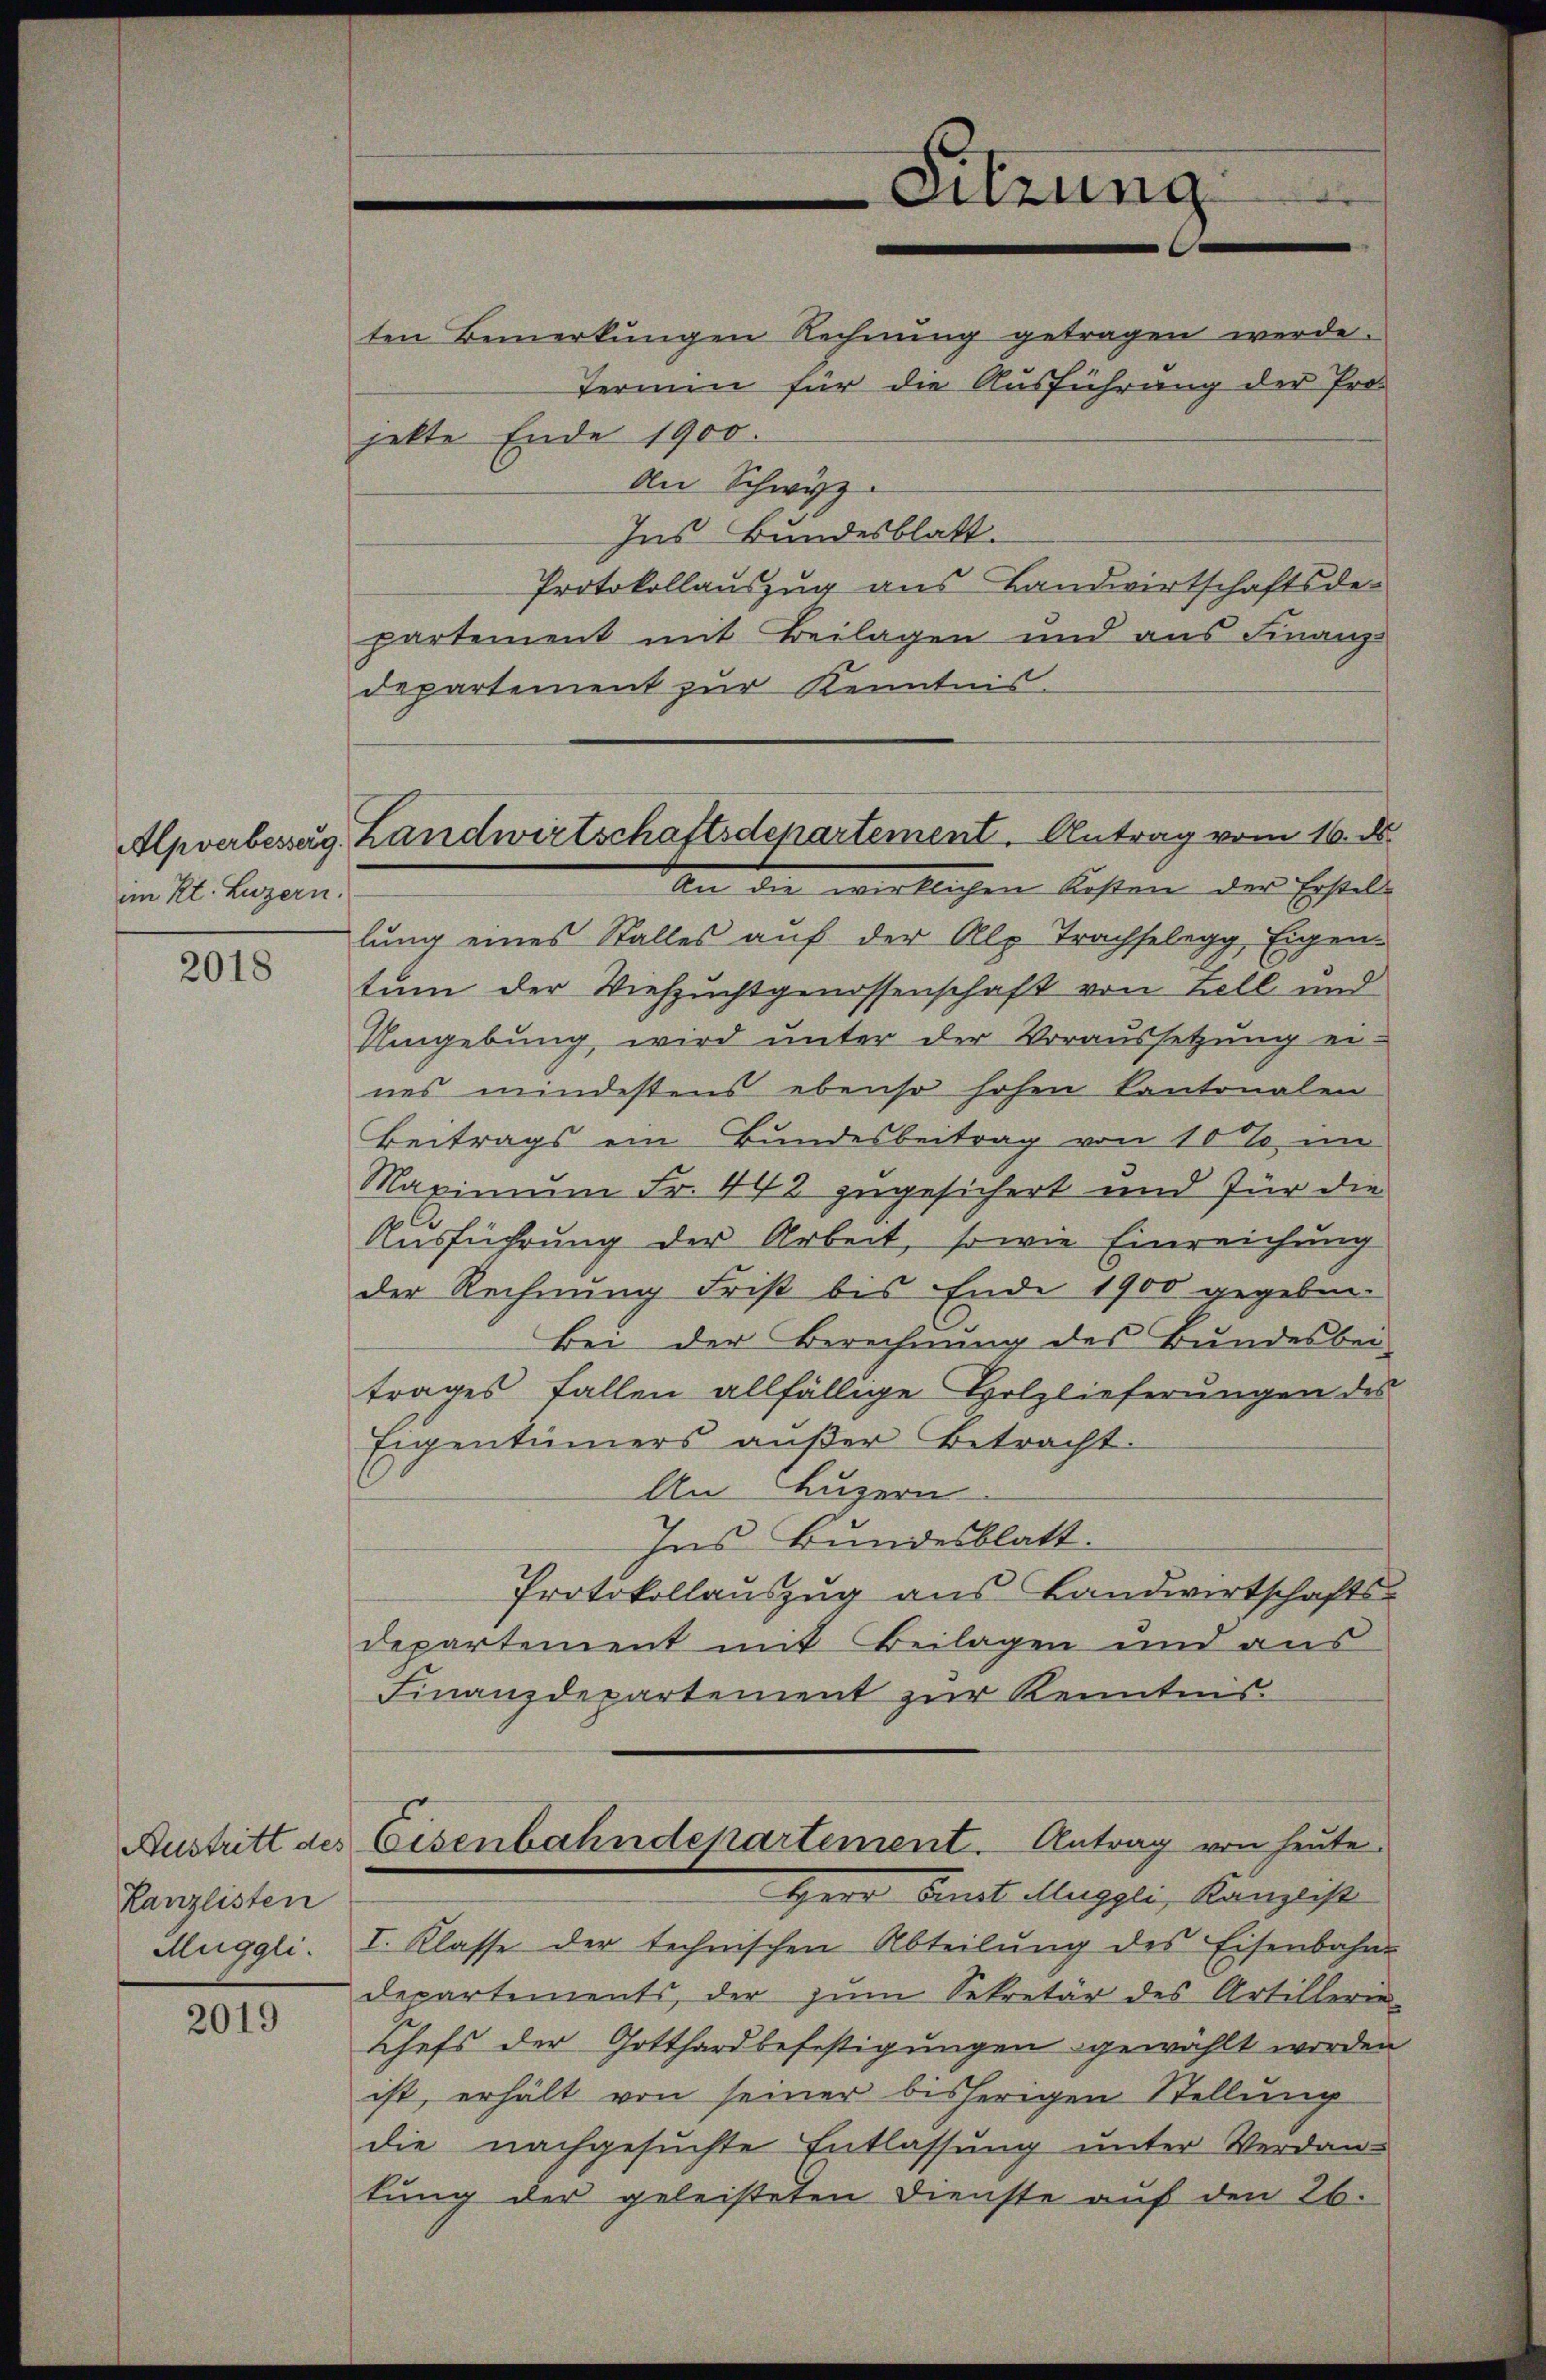
Alpverbesserg.
im Kt. Luzern.

2018

Kanzlisten
Muggli.

2019

departement zur Kenntnis.

ten Bemerkungen Rechnung getragen werde.
Termin für die Ausführung der Projelte Ende 1900.
An Schwyz
Ins Bundesblatt.
Protokollauszug aus Landwirtschaftsdepartement mit Beilagen und aus Finanz-
lung eines Stalles auf der Alp Trachselegg, Eigen-
tum der Viehzuchtgenossenschaft von Zell und
Umgebung wird unter der Voraussetzung er-
nes mindestens ebenso hohen Kantonalen
Beitrags ein Bundesbeitrag von 10% im
Maximum Fr. 442 zugesichert und für die
Ausführung der Arbeit, so wie Einreichung
der Rechnung Frist bis Ende 1900 gegeben.
Bei der Berechnung des Bundesbei-
trages Fallen allfällige Holzlieferungen des
Eigentümers außer Betracht:
An Luzern
Ins Bundesblatt.
Protokollauszug aus Landwirtschafts-
departement mit Beilagen und aus
Finanzdepartement zur Kenntnis.
Austritt des Eisenbahndepartement. Antrag von heute.
Herr Fenst Muggli, Kanzlist
I. Klasse der technischen Abteilung des Eisenbahn-
departements, der zum Sekretär des Artillerie-
Chefs der Gotthardbefestigungen gewählt worden
ist, erhält von seiner bisherigen Stellung
die nachgesuchte Entlassung unter Verdan-
tung der geleisteten Dienste auf den 26.

Sitzung

Landwirtschaftsdepartement. Antrag vom 16. ds.
an die wirklichen Kosten des Erstel-